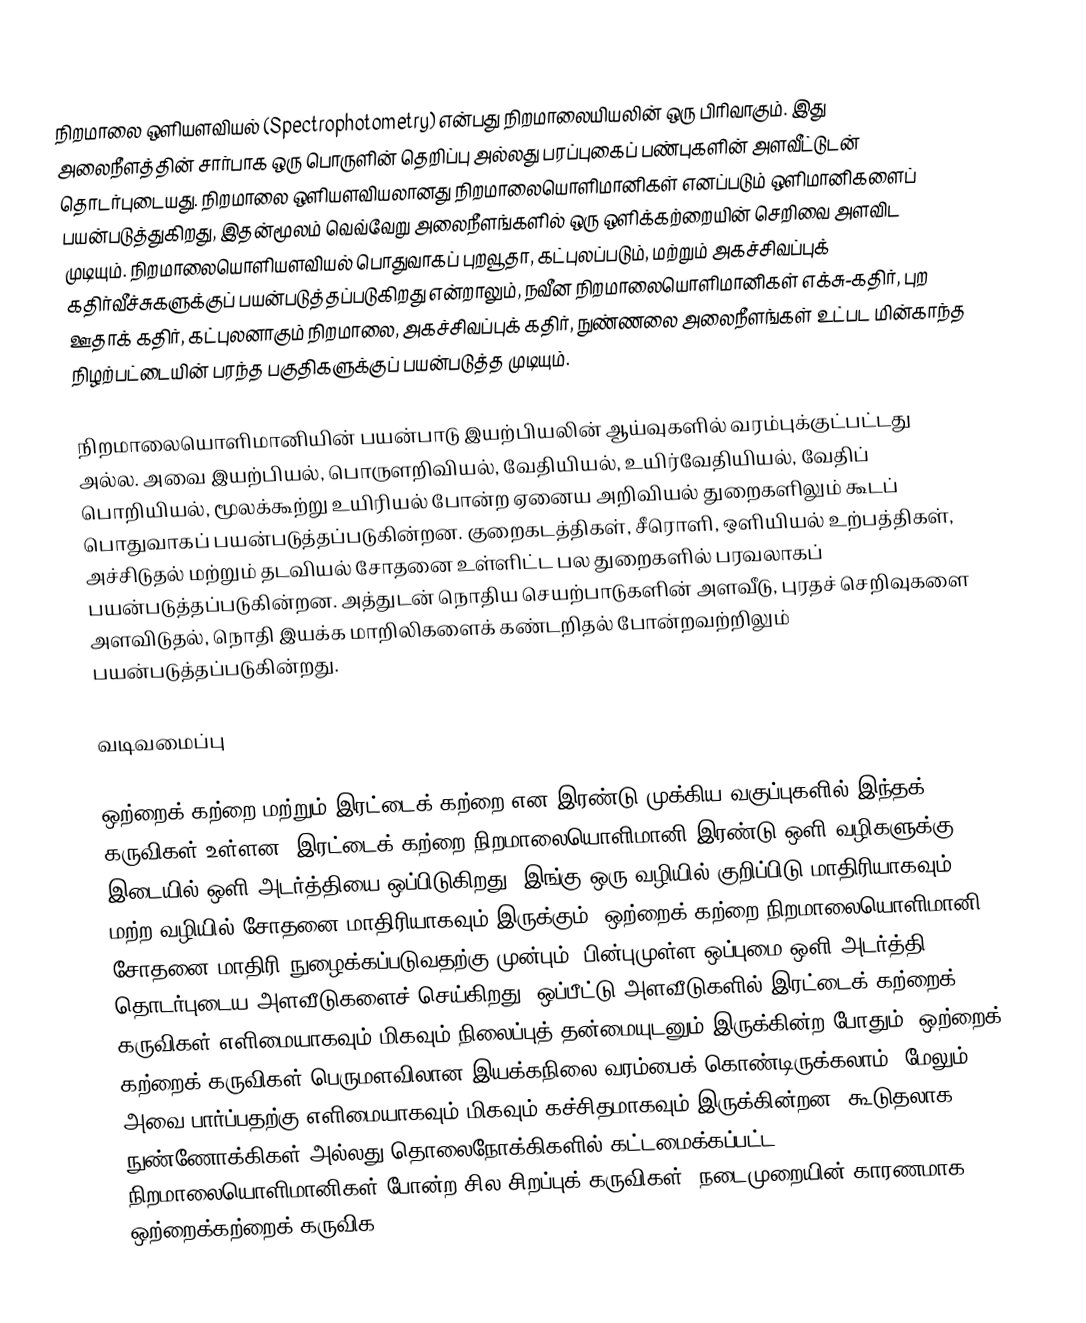
நிறமாலை ஒளியளவியல் (Spectrophotometry) என்பது நிறமாலையியலின் ஒரு பிரிவாகும். இது அலைநீளத்தின் சார்பாக ஒரு பொருளின் தெறிப்பு அல்லது பரப்புகைப் பண்புகளின் அளவீட்டுடன் தொடர்புடையது. நிறமாலை ஒளியளவியலானது நிறமாலையொளிமானிகள் எனப்படும் ஒளிமானிகளைப் பயன்படுத்துகிறது, இதன்மூலம் வெவ்வேறு அலைநீளங்களில் ஒரு ஒளிக்கற்றையின் செறிவை அளவிட முடியும். நிறமாலையொளியளவியல் பொதுவாகப் புறவூதா, கட்புலப்படும், மற்றும் அகச்சிவப்புக் கதிர்வீச்சுகளுக்குப் பயன்படுத்தப்படுகிறது என்றாலும், நவீன நிறமாலையொளிமானிகள் எக்சு-கதிர், புற ஊதாக் கதிர், கட்புலனாகும் நிறமாலை, அகச்சிவப்புக் கதிர், நுண்ணலை அலைநீளங்கள் உட்பட மின்காந்த நிழற்பட்டையின் பரந்த பகுதிகளுக்குப் பயன்படுத்த முடியும்.

நிறமாலையொளிமானியின் பயன்பாடு இயற்பியலின் ஆய்வுகளில் வரம்புக்குட்பட்டது அல்ல. அவை இயற்பியல், பொருளறிவியல், வேதியியல், உயிர்வேதியியல், வேதிப் பொறியியல், மூலக்கூற்று உயிரியல் போன்ற ஏனைய அறிவியல் துறைகளிலும் கூடப் பொதுவாகப் பயன்படுத்தப்படுகின்றன. குறைகடத்திகள், சீரொளி, ஒளியியல் உற்பத்திகள், அச்சிடுதல் மற்றும் தடவியல் சோதனை உள்ளிட்ட பல துறைகளில் பரவலாகப் பயன்படுத்தப்படுகின்றன. அத்துடன் நொதிய செயற்பாடுகளின் அளவீடு, புரதச் செறிவுகளை அளவிடுதல், நொதி இயக்க மாறிலிகளைக் கண்டறிதல் போன்றவற்றிலும் பயன்படுத்தப்படுகின்றது.

வடிவமைப்பு

ஒற்றைக் கற்றை மற்றும் இரட்டைக் கற்றை என இரண்டு முக்கிய வகுப்புகளில் இந்தக் கருவிகள் உள்ளன. இரட்டைக் கற்றை நிறமாலையொளிமானி இரண்டு ஒளி வழிகளுக்கு இடையில் ஒளி அடர்த்தியை ஒப்பிடுகிறது, இங்கு ஒரு வழியில் குறிப்பிடு மாதிரியாகவும், மற்ற வழியில் சோதனை மாதிரியாகவும் இருக்கும். ஒற்றைக் கற்றை நிறமாலையொளிமானி சோதனை மாதிரி நுழைக்கப்படுவதற்கு முன்பும், பின்புமுள்ள ஒப்புமை ஒளி அடர்த்தி தொடர்புடைய அளவீடுகளைச் செய்கிறது. ஒப்பீட்டு அளவீடுகளில் இரட்டைக் கற்றைக் கருவிகள் எளிமையாகவும் மிகவும் நிலைப்புத் தன்மையுடனும் இருக்கின்ற போதும், ஒற்றைக் கற்றைக் கருவிகள் பெருமளவிலான இயக்கநிலை வரம்பைக் கொண்டிருக்கலாம், மேலும் அவை பார்ப்பதற்கு எளிமையாகவும் மிகவும் கச்சிதமாகவும் இருக்கின்றன. கூடுதலாக, நுண்ணோக்கிகள் அல்லது தொலைநோக்கிகளில் கட்டமைக்கப்பட்ட நிறமாலையொளிமானிகள் போன்ற சில சிறப்புக் கருவிகள், நடைமுறையின் காரணமாக ஒற்றைக்கற்றைக் கருவிக